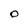
Character: O